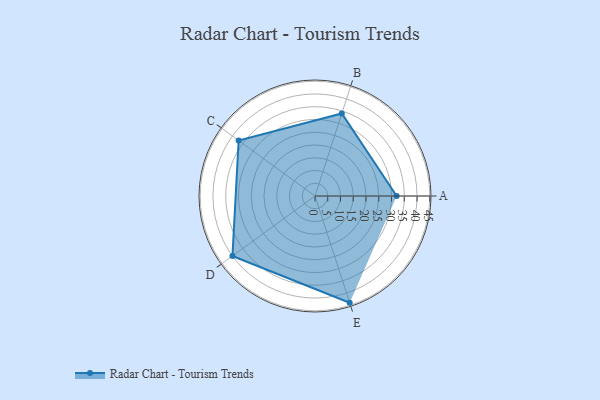
{"axis": {"x": "Skill", "y": "Score"}, "legend": ["Profile"], "data": [{"x": "A", "y": 32.0, "type": "Profile"}, {"x": "B", "y": 34.0, "type": "Profile"}, {"x": "C", "y": 37.0, "type": "Profile"}, {"x": "D", "y": 40.0, "type": "Profile"}, {"x": "E", "y": 44.0, "type": "Profile"}]}